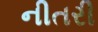
નીતરી